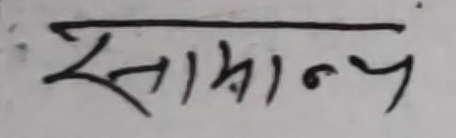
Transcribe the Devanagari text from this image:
सामान्य